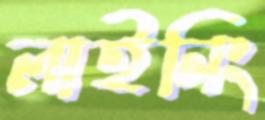
লাইনিং